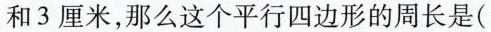
和3厘米，那么这个平行四边形的周长是(